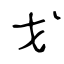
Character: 戈